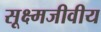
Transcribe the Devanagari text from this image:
सूक्ष्मजीवीय